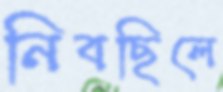
নিবছিলে